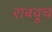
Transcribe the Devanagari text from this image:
राबवूच